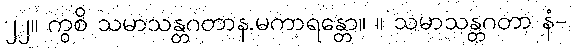
၂၂။ ကွစိ သမာသန္တဂတာန.မကာရန္တော။ ။ သမာသန္တဂတာ နံ-